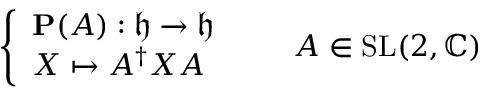
{ \left\{ \begin{array} { l l } { \mathbf { P } ( A ) : { \mathfrak { h } } \to { \mathfrak { h } } } \\ { X \mapsto A ^ { \dagger } X A } \end{array} \right. } \qquad A \in \mathrm { S L } ( 2 , \mathbb { C } )